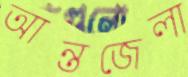
আন্তজেলা